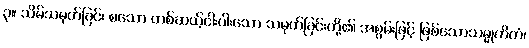
၃။ သိမ်သမုတ်ခြင်း စသော တစ်ဆယ့်ငါးပါးသော သမုတ်ခြင်းတို့၏ အစွမ်းဖြင့် ဖြစ်သောသမ္မုတိကံ၊